Lunatic asylums Central Provinces reports 1910-1926 - 1910-1926
Year: 1910
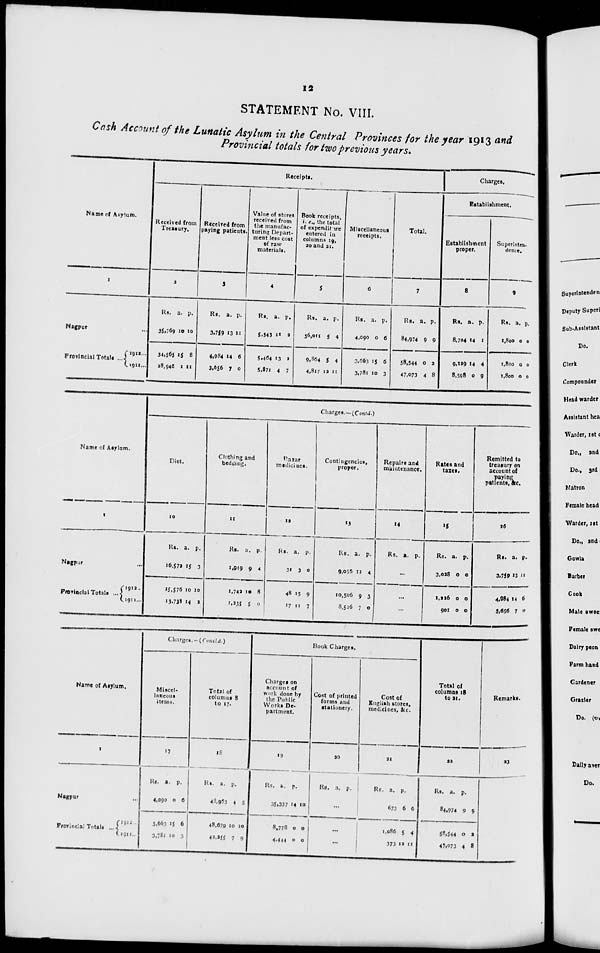
12
STATEMENT No. VIII.
Cash Account of the Lunatic Asylum in the Central Provinces for the year 1913 and
Provincial totals for two previous years.
Name of Asylum.
1
Nagpur ...
Provincial Totals ...
1912 ...
1911 ...
Receipts.
Received from
Treasury.
2
Rs.
35,769
34,565
28,946
a.
10
15
1
p.
10
8
11
Received from
paying patients.
3
Rs.
3,759
4,984
3,656
a.
13
14
7
p.
11
6
0
Value of stores
received from
the manufac-
turing Depart-
ment less cost
of raw
materials.
4
Rs.
5,343
5,464
5,871
a.
11
13
4
p.
2
2
7
Book receipts,
i. e., the total
of expenditure
entered in
columns 19,
20 and 21.
5
Rs.
36,011
9,864
4,817
a.
5
5
12
p.
4
4
11
Miscellaneous
receipts.
6
Rs.
4,090
3,663
3,781
a.
0
15
10
p.
6
6
3
Total.
7
Rs.
84,974
58,544
47,073
a.
9
0
4
p.
9
2
8
Charges.
Establishment.
Establishment
proper.
8
Rs.
8,704
9,139
8,598
a.
14
14
0
p.
1
4
9
Superinten-
dence.
9
Rs.
1,800
1,800
1,800
a.
0
0
0
p.
0
0
0
Name of Asylam.
1
Nagpur ...
Provincial Totals ...
1912 ...
1911 ...
Charges.—(Contd.)
Diet.
10
Rs.
16,572
15,576
13,738
a.
15
10
14
p.
3
10
2
Clothing and
bedding.
11
Rs.
1,919
1,742
1,235
a.
9
10
5
p.
4
8
0
Bazar
medicines.
12
Rs.
31
48
17
a.
3
15
11
p.
0
9
7
Contingencies,
proper.
13
Rs.
9,056
10,506
8,526
a.
12
9
7
p.
4
3
0
Repairs and
maintenance.
14
Rs. a. p.
...
...
...
Rates and
taxes.
15
Rs.
3,028
1,226
901
a.
0
0
0
p.
0
0
0
Remitted to
treasury on
account of
paying
patients, &c.
16
Rs.
3,759
4,984
3,656
a.
13
14
7
p.
11
5
0
Name of Asylum.
1
Nagpur ...
Provincial Totals ...
1912 ...
1911 ...
Charges.—(Concld.)
Miscel-
laneous
items.
17
Rs.
4,090
3,663
3,781
a.
0
15
10
p.
6
6
3
Total of
column 8
to 17.
18
Rs.
43,963
48,679
42,255
a.
4
10
7
p.
5
10
9
Book Charges.
Charges on
account of
work done by
the Public
Works De-
partment.
19
Rs.
35,337
8,778
4,444
a.
14
0
0
p.
10
0
0
Cost of printed
forms and
stationery.
20
Rs. a. p.
...
...
...
Cost of
English stores,
medicines, &c.
21
Rs.
673
1,086
373
a.
6
5
12
p.
6
4
11
Total of
columns 18
to 21.
22
Rs.
84,974
58,544
47,073
a.
9
0
4
p.
9
2
8
Remarks.
23